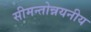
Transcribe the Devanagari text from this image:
सीमन्तोन्नयनीय